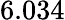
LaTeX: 6.034